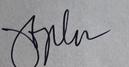
Signature authenticity: genuine